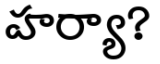
హర్యా?